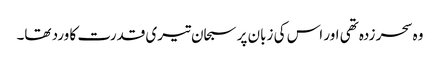
وہ سحر زدہ تھی اور اس کی زبان پر سبحان تیری قدرت کا ورد تھا۔